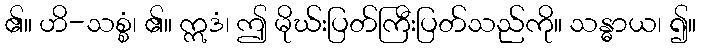
၏။ ဟိ-သစ္စံ၊ ၏။ ဣဒံ၊ ဤ မိုဃ်းပြတ်ကြီးပြတ်သည်ကို။ သန္ဓာယ၊ ၍။